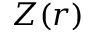
Z ( r )